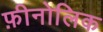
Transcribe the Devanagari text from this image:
फ़ीनोलिक